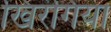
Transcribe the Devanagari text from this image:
खिरंगिया